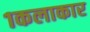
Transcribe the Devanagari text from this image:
१कलाकार